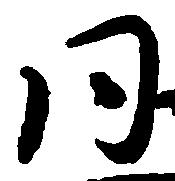
同